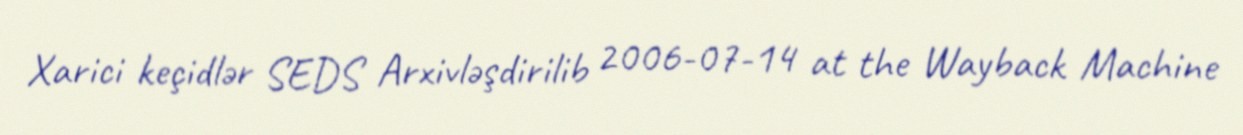
Xarici keçidlər SEDS Arxivləşdirilib 2006-07-14 at the Wayback Machine